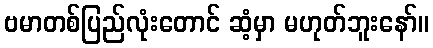
ဗမာတစ်ပြည်လုံးတောင် ဆံ့မှာ မဟုတ်ဘူးနော်။